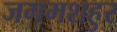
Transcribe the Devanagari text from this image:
जगमशहुर